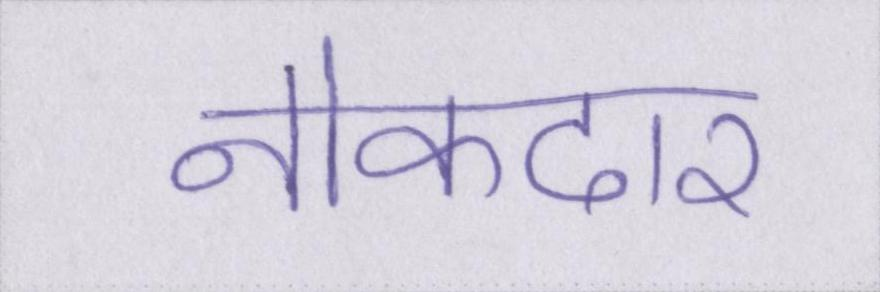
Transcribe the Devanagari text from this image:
नोकदार